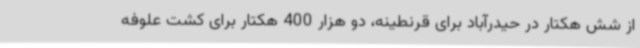
از شش هکتار در حیدرآباد برای قرنطینه، دو هزار 400 هکتار برای کشت علوفه